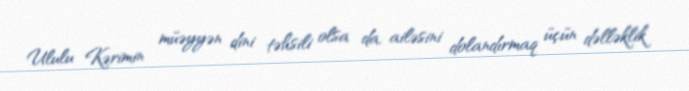
Ululu Kərimin müəyyən dini təhsili olsa da, ailəsini dolandırmaq üçün dəlləklik